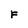
Character: F